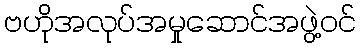
ဗဟိုအလုပ်အမှုဆောင်အဖွဲ့ဝင်